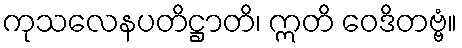
ကုသလေနပတိဋ္ဌာတိ၊ ဣတိ ဝေဒိတဗ္ဗံ။